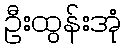
ဦးထွန်းအုံ